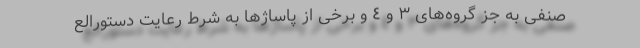
صنفی به جز گروه‌های ٣ و ٤ و برخی از پاساژها به شرط رعایت دستورالع